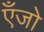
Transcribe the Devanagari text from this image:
एँजो